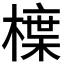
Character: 𭫳